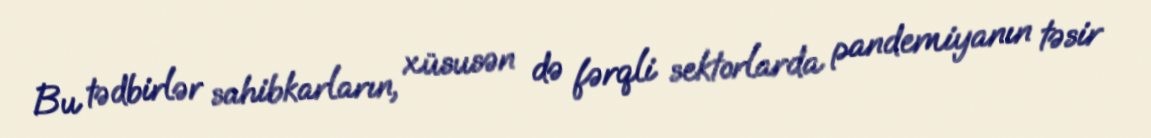
Bu tədbirlər sahibkarların, xüsusən də fərqli sektorlarda pandemiyanın təsir